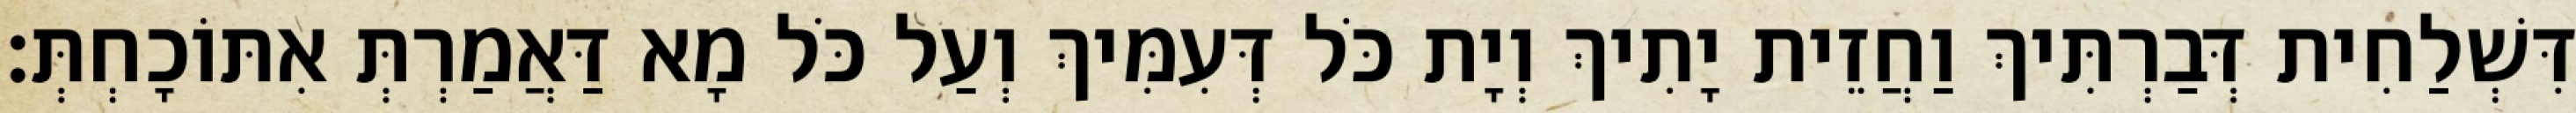
דִּשְׁלַחִית דְּבַרְתִּיךְ וַחֲזֵית יָתִיךְ וְיָת כֹּל דְּעִמִּיךְ וְעַל כֹּל מָא דַּאֲמַרְתְּ אִתּוֹכָחְתְּ׃